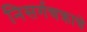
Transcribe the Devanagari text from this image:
निसर्गचक्राचे